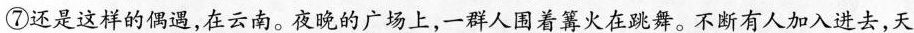
⑦还是这样的偶遇,在云南。夜晚的广场上，一群人围着篝火在跳舞。不断有人加入进去,天